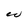
Character: W